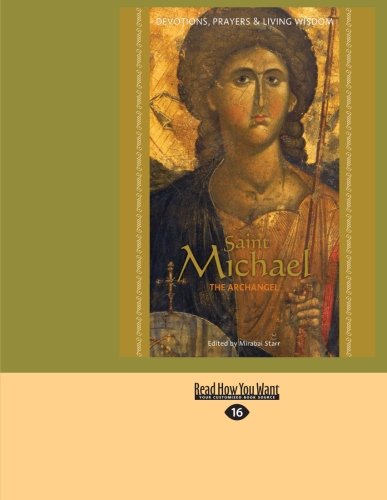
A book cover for Saint Michael the Archangel: Devotion, Prayers & Living Wisdom; Mirabai Starr; Religion & Spirituality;